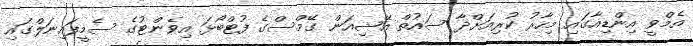
އެމްވީ އިންޑިއާގައި މިހާރު ކުރިއަށްދާ ސައުތް އޭޝިއަން ގޭމްސްގެ ފުޓްބޯޅަ އިވެންޓުގެ ސެމީފައިނަލްގައި